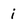
Character: i